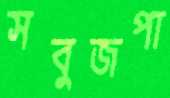
সবুজপা